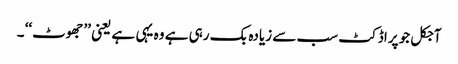
آجکل جو پراڈکٹ سب سے زیادہ بک رہی ہے وہ یہی ہے یعنی ’’جھوٹ‘‘ ۔